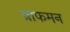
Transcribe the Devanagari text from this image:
ग्राफमन